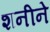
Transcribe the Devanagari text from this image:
शनीने